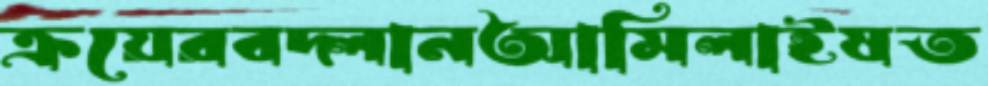
ক্রয়েরবদ্‌লানআমিলাইষত